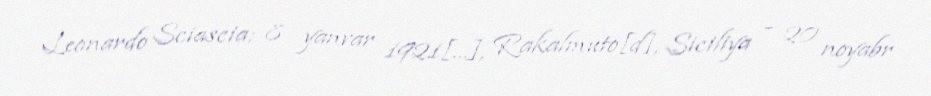
Leonardo Sciascia; 8 yanvar 1921[…], Rakalmuto[d], Siciliya – 20 noyabr